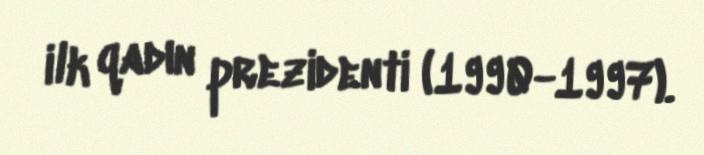
ilk qadın prezidenti (1990-1997).